Indian journal of veterinary science and animal husbandry - Volumes 22-23, 1952-1953
Year: 1952
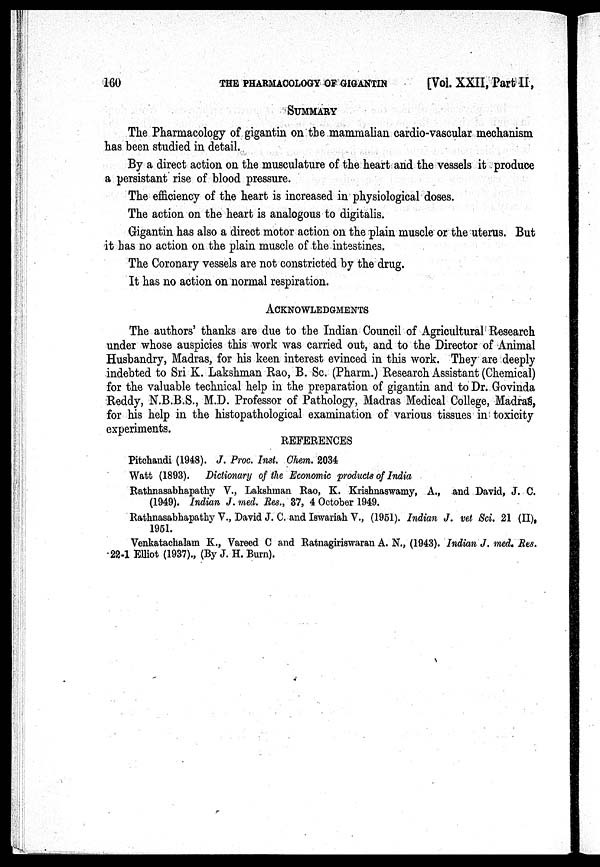
160
THE PHARMACOLOGY OF GIGANTIN
[Vol. XXII, Part II,
SUMMARY
The Pharmacology of gigantin on the mammalian cardio-vascular mechanism
has been studied in detail.
By a direct action on the musculature of the heart and the vessels it produce
a persistant rise of blood pressure.
The efficiency of the heart is increased in physiological doses.
The action on the heart is analogous to digitalis.
Gigantin has also a direct motor action on the plain muscle or the uterus. But
it has no action on the plain muscle of the intestines.
The Coronary vessels are not constricted by the drug.
It has no action on normal respiration.
ACKNOWLEDGMENTS
The authors' thanks are due to the Indian Council of Agricultural Research
under whose auspicies this work was carried out, and to the Director of Animal
Husbandry, Madras, for his keen interest evinced in this work. They are -deeply
indebted to Sri K. Lakshman Rao, B. Sc. (Pharm.) Research Assistant (Chemical)
for the valuable technical help in the preparation of gigantin and to Dr. Govinda
Reddy, N.B.B.S., M.D. Professor of Pathology, Madras Medical College, Madras,
for his help in the histopathological examination of various tissues in toxicity
experiments.
REFERENCES
Pitchandi (1948). J. Proc. Inst. Chem. 2034
Watt (1893). Dictionary of the Economic products of India
Rathnasabhapathy V., Lakshman Rao, K. Krishnaswamy, A., and David, J. C.
(1949). Indian J. med. Res., 37, 4 October 1949.
Rathnasabhapathy V., David J. C. and Iswariah V., (1951). Indian J. vet Sci. 21 (II),
1951.
Venkatachalam K., Vareed C and Ratnagiriswaran A. N., (1943). Indian J. med. Res.
22-1 Elliot (1937)., (By J. H. Burn).